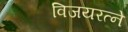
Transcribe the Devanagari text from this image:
विजयरत्ने